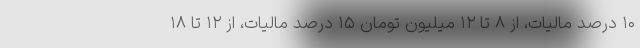
۱۰ درصد مالیات، از ۸ تا ۱۲ میلیون تومان ۱۵ درصد مالیات، از ۱۲ تا ۱۸